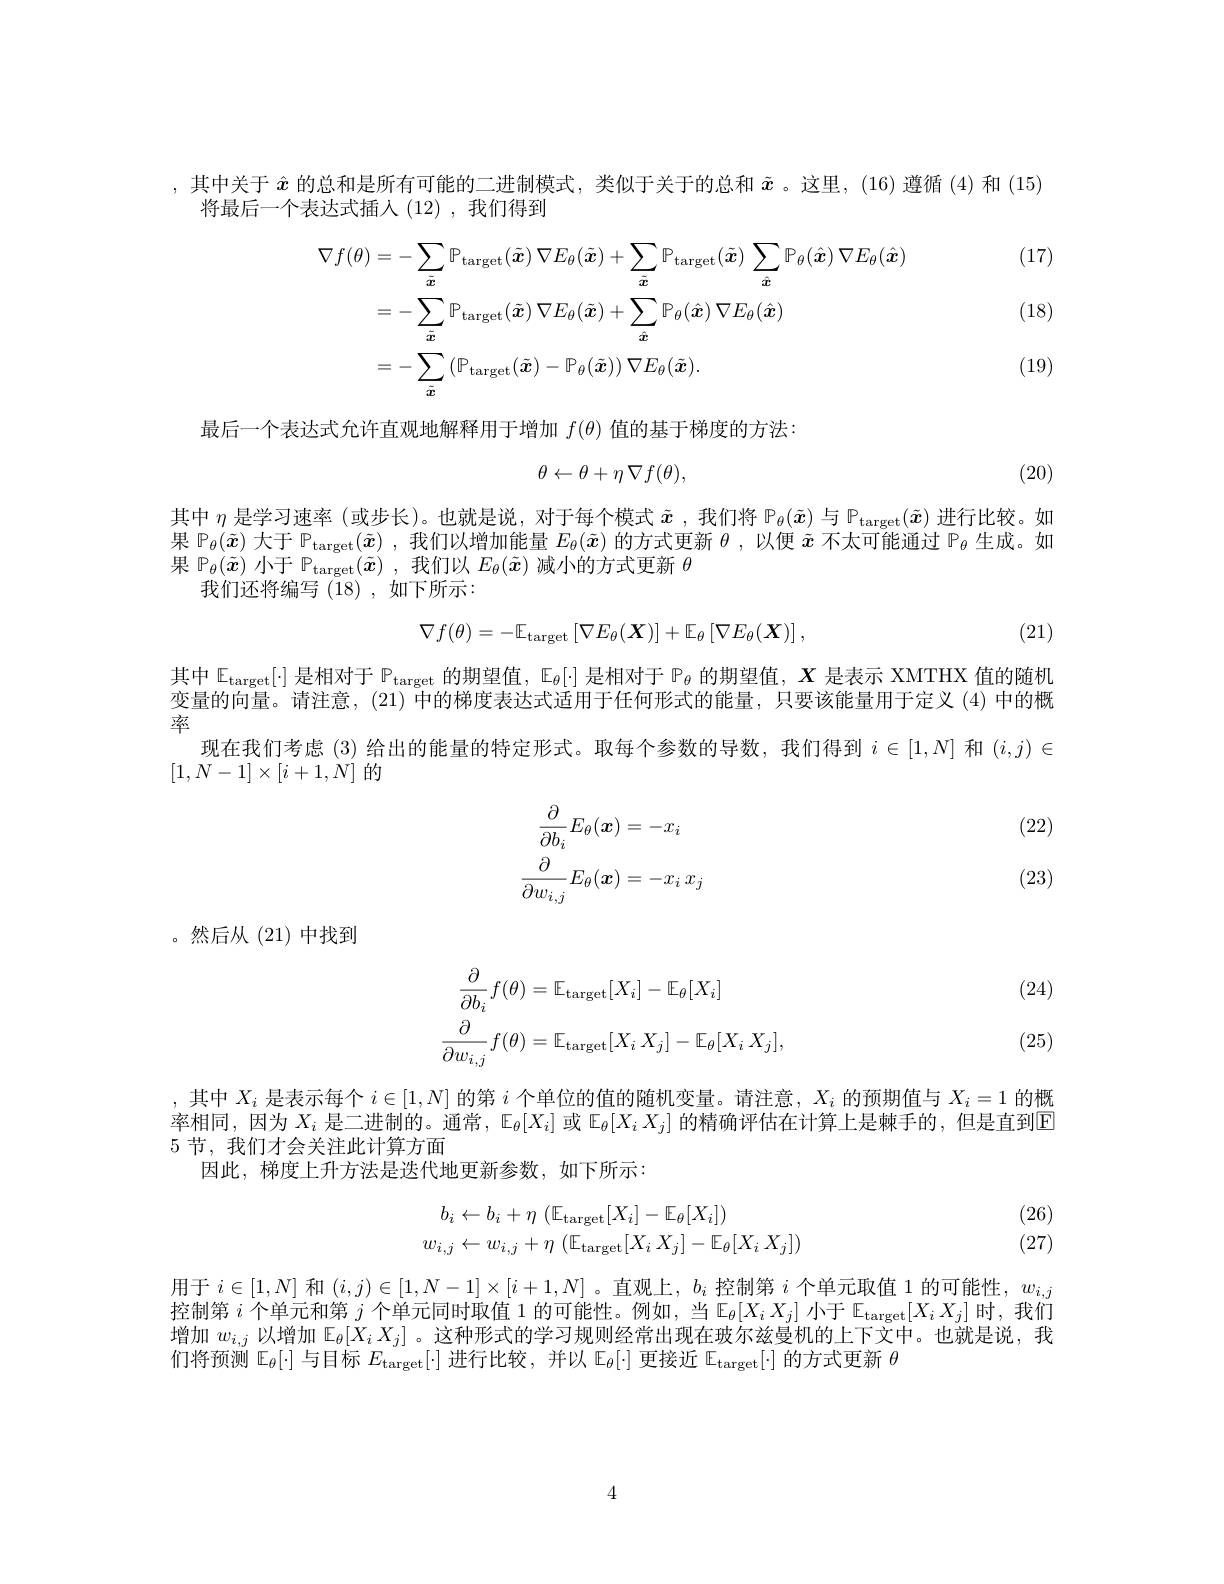
,其中关于$\hat{x}$的总和是所有可能的二进制模式，类似于关于的总和$\tilde{x}$ 。这里，(16)遵循(4)和(15)
将最后一个表达式插入(12),我们得到

(17)
$$\begin{aligned}\nabla f(\theta)&=-\sum_{\tilde{\boldsymbol{x}}}\mathbb{P}_{\mathrm{target}}(\tilde{\boldsymbol{x}})\:\nabla E_{\theta}(\tilde{\boldsymbol{x}})+\sum_{\tilde{\boldsymbol{x}}}\mathbb{P}_{\mathrm{target}}(\tilde{\boldsymbol{x}})\:\sum_{\hat{\boldsymbol{x}}}\mathbb{P}_{\theta}(\hat{\boldsymbol{x}})\:\nabla E_{\theta}(\hat{\boldsymbol{x}})\\&=-\sum_{\tilde{\boldsymbol{x}}}\mathbb{P}_{\mathrm{target}}(\tilde{\boldsymbol{x}})\:\nabla E_{\theta}(\tilde{\boldsymbol{x}})+\sum_{\hat{\boldsymbol{x}}}\mathbb{P}_{\theta}(\hat{\boldsymbol{x}})\:\nabla E_{\theta}(\hat{\boldsymbol{x}})\\&=-\sum_{\tilde{\boldsymbol{x}}}\left(\mathbb{P}_{\mathrm{target}}(\tilde{\boldsymbol{x}})-\mathbb{P}_{\theta}(\tilde{\boldsymbol{x}})\right)\nabla E_{\theta}(\tilde{\boldsymbol{x}}).\end{aligned}$$
(18)

(19)

最后一个表达式允许直观地解释用于增加$f(\theta)$值的基于梯度的方法：
$$\theta\leftarrow\theta+\eta\nabla f(\theta),$$
(20)

其中$\eta$是学习速率 (或步长)。也就是说，对于每个模式$\tilde{x}$ ,我们将 P$_\theta(\tilde{x})$与$\mathbb{P}_{\mathrm{target}}(\tilde{x})$进行比较。如果$\mathbb{P}_\theta(\tilde{x})$大于$\mathbb{P}_\mathrm{target}(\tilde{x})$ ,我们以增加能量$E_\theta(\tilde{x})$的方式更新$\theta$ ,以便$\tilde{x}$不太可能通过$\mathbb{P}_\theta$生成。如果$\mathbb{P}_\theta(\tilde{x})$小于$\mathbb{P}_\mathrm{target}(\tilde{\boldsymbol{x}})$,我们以$E_\theta(\tilde{\boldsymbol{x}})$减小的方式更新$\theta$
我们还将编写(18),如下所示：

(21)
$$\nabla f(\theta)=-\mathbb{E}_{\mathrm{target}}\left[\nabla E_{\theta}(\boldsymbol{X})\right]+\mathbb{E}_{\theta}\left[\nabla E_{\theta}(\boldsymbol{X})\right],$$
其中$\mathbb{E}_{\mathrm{target}}[\cdot]$是相对于$\mathbb{P}_\text{target}$的期望值，$\mathbb{E}_\theta[\cdot]$是相对于$\mathbb{P}_\theta$的期望值，$X$是表示 XMTHX 值的随机变量的向量。请注意，(21) 中的梯度表达式适用于任何形式的能量，只要该能量用于定义 (4) 中的概率
现在我们考虑 (3) 给出的能量的特定形式。取每个参数的导数，我们得到$i\in[1,N]$和$(i,j)\in$
$[1,N-1]\times[i+1,N]$的

(22)
$$\frac{\partial}{\partial b_{i}}E_{\theta}(x)=-x_{i}\\\frac{\partial}{\partial w_{i,j}}E_{\theta}(x)=-x_{i}\:x_{j}$$
(23)

。然后从(21)中找到

(24)
$$\begin{aligned}&\frac{\partial}{\partial b_{i}}f(\theta)=\mathbb{E}_{\mathrm{target}}[X_{i}]-\mathbb{E}_{\theta}[X_{i}]\\&\frac{\partial}{\partial w_{i,j}}f(\theta)=\mathbb{E}_{\mathrm{target}}[X_{i}\:X_{j}]-\mathbb{E}_{\theta}[X_{i}\:X_{j}],\end{aligned}$$
(25)

,其中$X_i$是表示每个$i\in[1,N]$的第$i$个单位的值的随机变量。请注意，$X_i$的预期值与$X_i=1$的概率相同，因为$X_i$是二进制的。通常，$\mathbb{E}_\theta[X_i]$或$\mathbb{E}_\theta[X_iX_j]$的精确评估在计算上是棘手的，但是直到回5 节，我们才会关注此计算方面
因此，梯度上升方法是迭代地更新参数，如下所示：

(26) (27)
$$\begin{aligned}b_{i}&\leftarrow b_{i}+\eta\:(\mathbb{E}_{\mathrm{target}}[X_{i}]-\mathbb{E}_{\theta}[X_{i}])\\w_{i,j}&\leftarrow w_{i,j}+\eta\:(\mathbb{E}_{\mathrm{target}}[X_{i}\:X_{j}]-\mathbb{E}_{\theta}[X_{i}\:X_{j}])\end{aligned}$$
用于$i\in[1,N]$和$(i,j)\in[1,N-1]\times[i+1,N]$ 。直观上，$b_i$控制第$i$个单元取值 1 的可能性，$w_i,j$ 控制第$i$个单元和第$j$个单元同时取值 1 的可能性。例如，当$\mathbb{E}_\theta[X_iX_j]$小于$\mathbb{E}_{\mathrm{target}}[X_iX_j]$时，我们增加$w_{i,j}$以增加$\mathbb{E}_\theta[X_iX_j]$ 。这种形式的学习规则经常出现在玻尔兹曼机的上下文中。也就是说，我们将预测$\mathbb{E}_\theta[\cdot]$与目标$E_\mathrm{target}[\cdot]$进行比较，并以$\mathbb{E}_\theta[\cdot]$更接近$\mathbb{E}_\mathrm{target}[\cdot]$的方式更新$\theta$

4